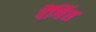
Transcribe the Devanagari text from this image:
पैंग्विंस